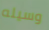
وسيله